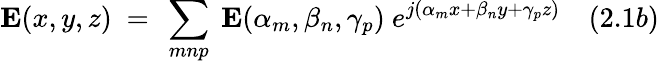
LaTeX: \mathbf{E}(x,y,z)~=~\sum_{mnp}~\mathbf{E}(\alpha_{m},\beta_{n},\gamma_{p})~e^{j(\alpha_{m}x+\beta_{n}y+\gamma_{p}z)}~~~~(2.1b)